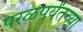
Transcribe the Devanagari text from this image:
परळपर्यंतच्या